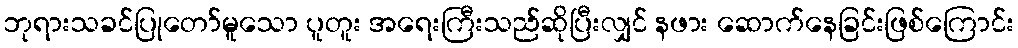
ဘုရားသခင်ပြုတော်မူသော ပူတူး အရေးကြီးသည်ဆိုပြီးလျှင် နဖား ဆောက်နေခြင်းဖြစ်ကြောင်း